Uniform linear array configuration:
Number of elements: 16
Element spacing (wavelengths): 1
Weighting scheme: blackman
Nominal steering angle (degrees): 60
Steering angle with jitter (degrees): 58.897
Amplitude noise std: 0.05
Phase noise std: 0.05

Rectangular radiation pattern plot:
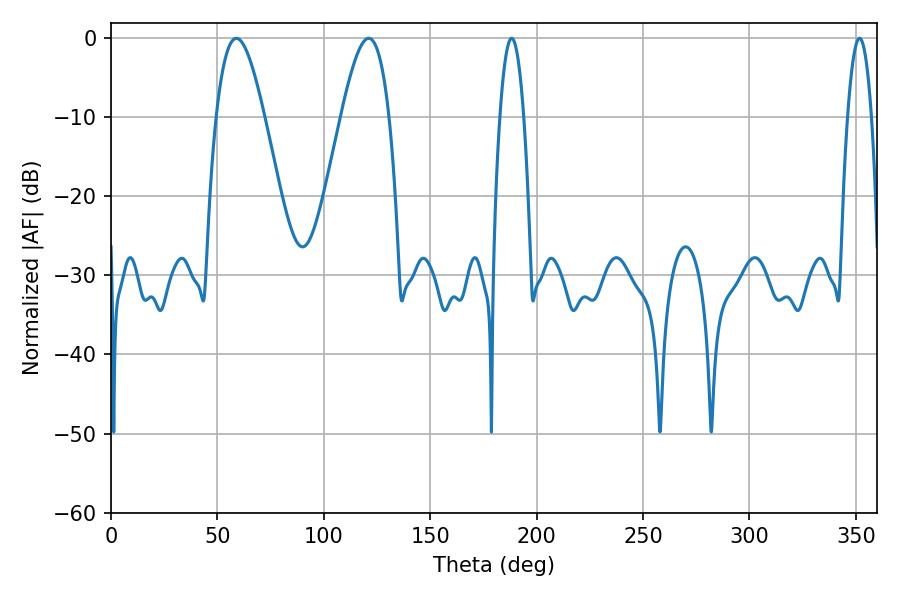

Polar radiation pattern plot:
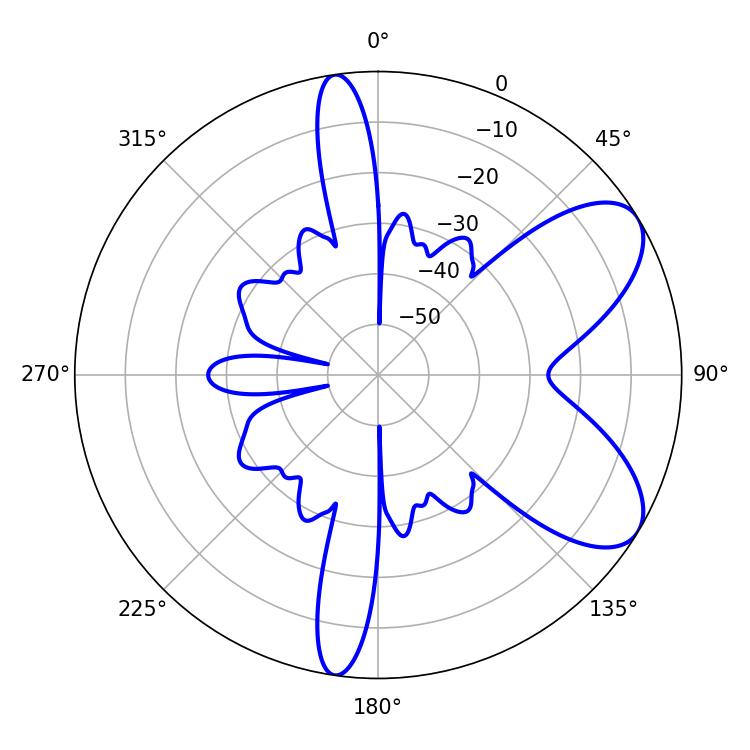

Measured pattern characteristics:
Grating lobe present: TRUE
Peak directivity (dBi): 7.362
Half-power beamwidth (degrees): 6.12
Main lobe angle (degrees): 188.28